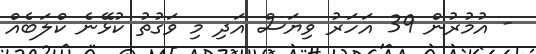
- އުމުރުން 39 އަހަރު ވިޔަސް އަދި މި ވަގުތު ކުޅޭނެ ކްލަބެއް